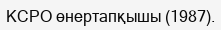
КСРО өнертапқышы (1987).